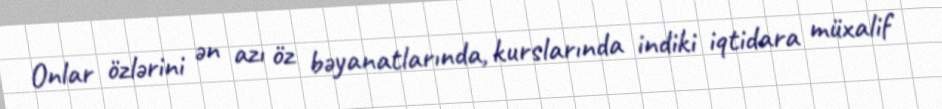
Onlar özlərini ən azı öz bəyanatlarında, kurslarında indiki iqtidara müxalif